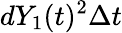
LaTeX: dY_{1}(t)^{2}\Delta t